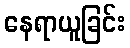
နေရာယူခြင်း